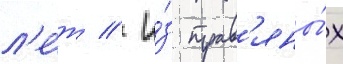
л'е́т // И́з трав'яны́х